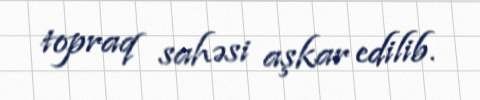
topraq sahəsi aşkar edilib.